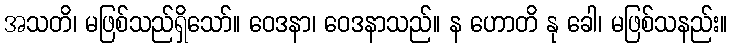
အသတိ၊ မဖြစ်သည်ရှိသော်။ ဝေဒနာ၊ ဝေဒနာသည်။ န ဟောတိ နု ခေါ၊ မဖြစ်သနည်း။